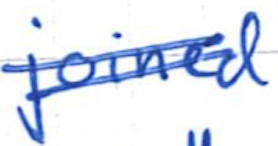
Text: joined
Cross-out: mix
Writing tool: ballpoint